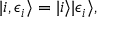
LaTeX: | i , \epsilon _ { i } \rangle = | i \rangle | \epsilon _ { i } \rangle ,